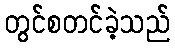
တွင်စတင်ခဲ့သည်